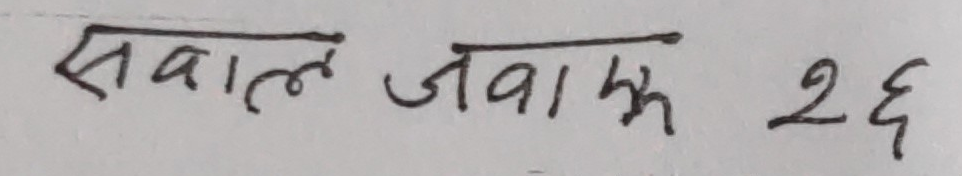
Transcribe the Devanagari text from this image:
सवाल जवाब २४